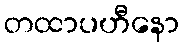
တထာပဟီနော